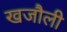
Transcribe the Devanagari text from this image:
खजौली